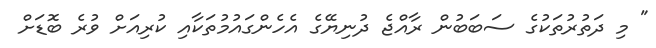
" މި ދަތުރުތަކުގެ ސަބަބުން ރާއްޖެ ދުނިޔޭގެ އެހެންގައުމުތަކާއި ކުރިއަށް ވުރެ ބޮޑަށް